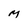
Character: M